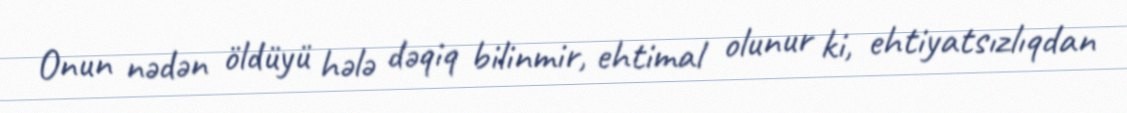
Onun nədən öldüyü hələ dəqiq bilinmir, ehtimal olunur ki, ehtiyatsızlıqdan